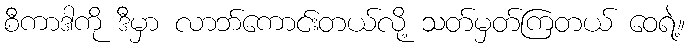
စီကာဒါကို ဒီမှာ လာဘ်ကောင်းတယ်လို့ သတ်မှတ်ကြတယ် ဝေရဲ့။